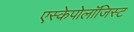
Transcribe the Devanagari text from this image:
एस्केपोलॉजिस्ट